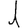
Digit: 1